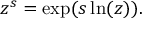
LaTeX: z ^ { s } = \exp ( s \ln ( z ) ) .